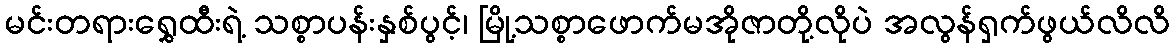
မင်းတရားရွှေထီးရဲ့ သစ္စာပန်းနှစ်ပွင့်၊ မြို့သစ္စာဖောက်မအိုဇာတို့လိုပဲ အလွန်ရှက်ဖွယ်လိလိ